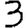
Digit: 3